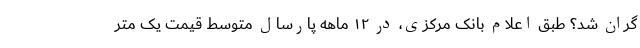
گران شد؟ طبق اعلام بانک مرکزی، در ۱۲ ماهه پارسال متوسط قیمت یک متر